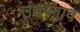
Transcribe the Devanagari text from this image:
उंबरगाव